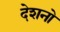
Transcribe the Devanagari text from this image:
देशनो